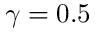
\gamma = 0 . 5